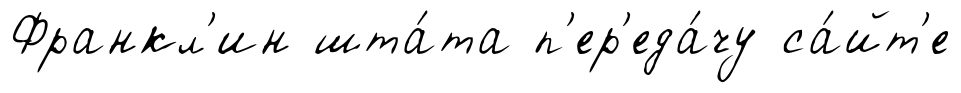
Франкл'ин шта́та п'ер'еда́чу са́йт'е